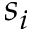
s _ { i }